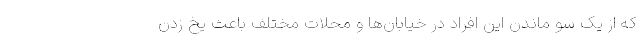
که از یک سو ماندن این افراد در خیابان‌ها و محلات مختلف باعث یخ زدن